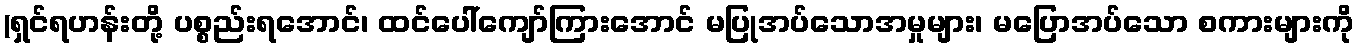
(ရှင်ရဟန်းတို့ ပစ္စည်းရအောင်၊ ထင်ပေါ်ကျော်ကြားအောင် မပြုအပ်သောအမှုများ၊ မပြောအပ်သော စကားများကို